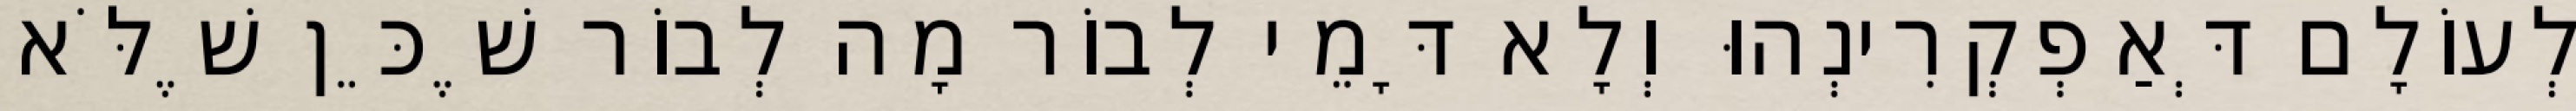
לְעוֹלָם דְּאַפְקְרִינְהוּ וְלָא דָּמֵי לְבוֹר מָה לְבוֹר שֶׁכֵּן שֶׁלֹּא